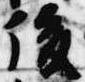
後